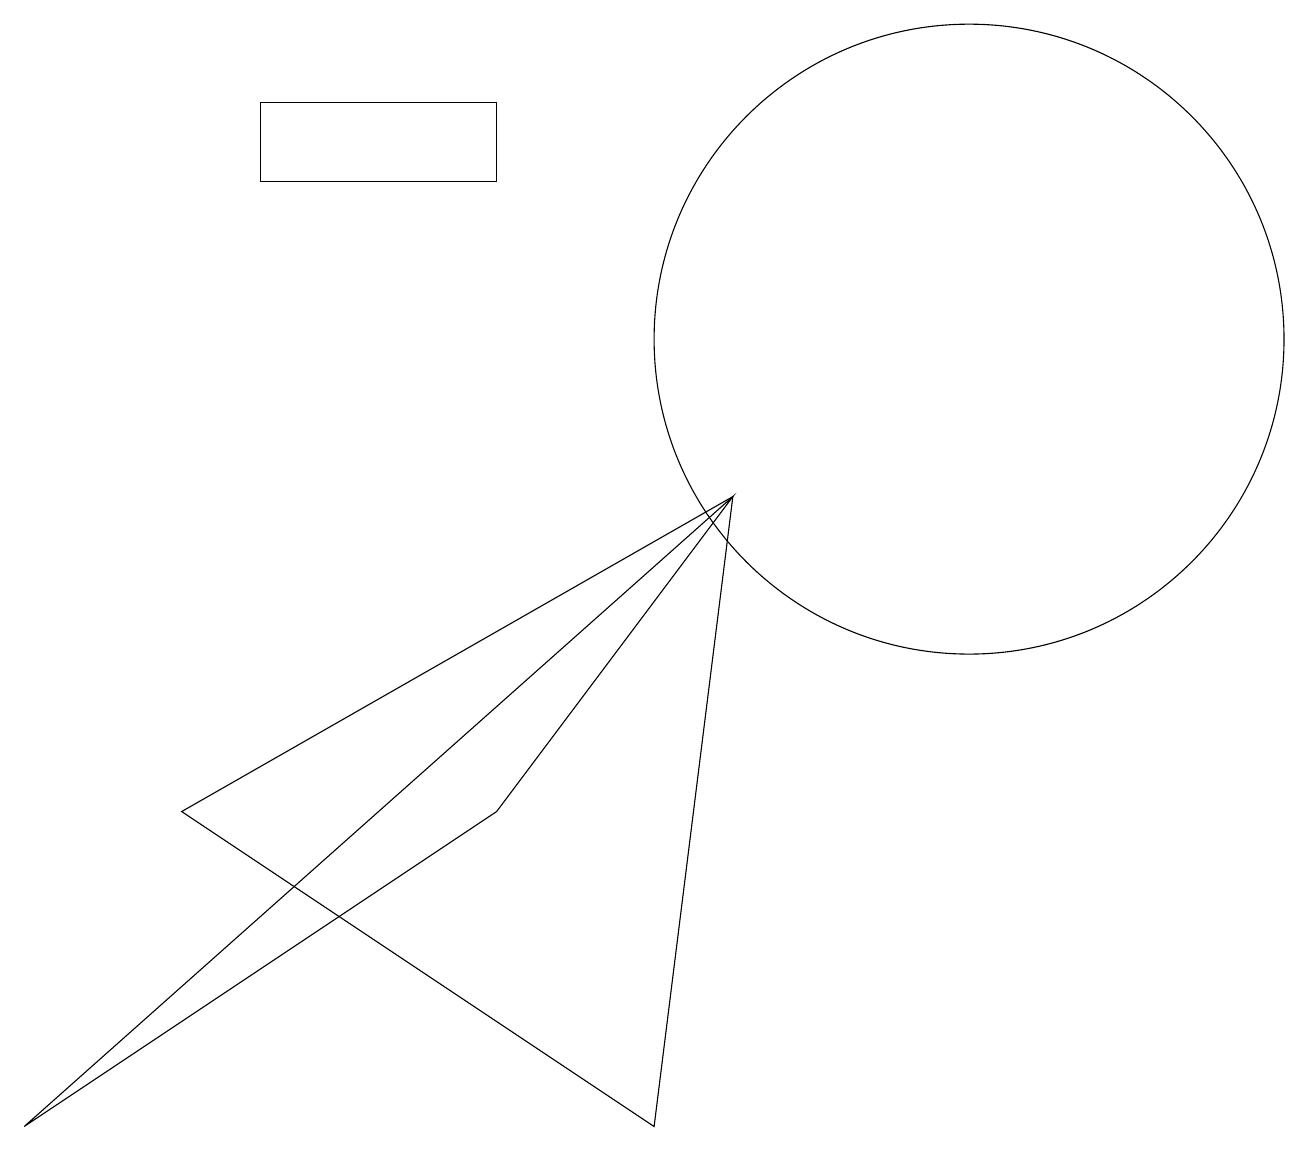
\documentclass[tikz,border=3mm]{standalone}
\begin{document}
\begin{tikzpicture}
\draw (6,4) -- (9,8) -- (0,0) -- cycle;
\draw (12,10) circle (4);
\draw (6,12) rectangle (3,13);
\draw (2,4) -- (8,0) -- (9,8) -- cycle;
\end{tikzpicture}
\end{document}